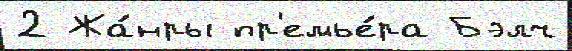
2 Жа́нры пр'емье́ра Бэлч